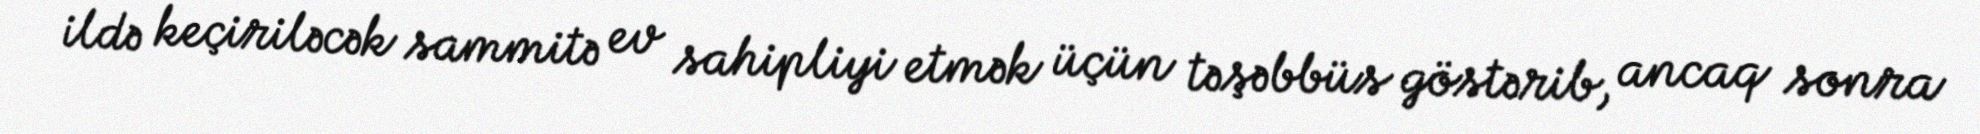
ildə keçiriləcək sammitə ev sahipliyi etmək üçün təşəbbüs göstərib, ancaq sonra